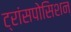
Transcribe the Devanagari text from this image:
ट्रांसपोसिशन